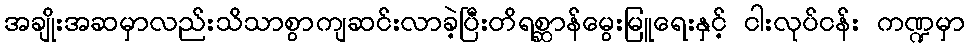
အချိုးအဆမှာလည်းသိသာစွာကျဆင်းလာခဲ့ပြီးတိရစ္ဆာန်မွေးမြူရေးနှင့် ငါးလုပ်ငန်း ကဏ္ဍမှာ